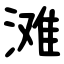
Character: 滩